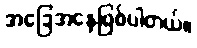
အခြေအနေဖြစ်ပါတယ်။